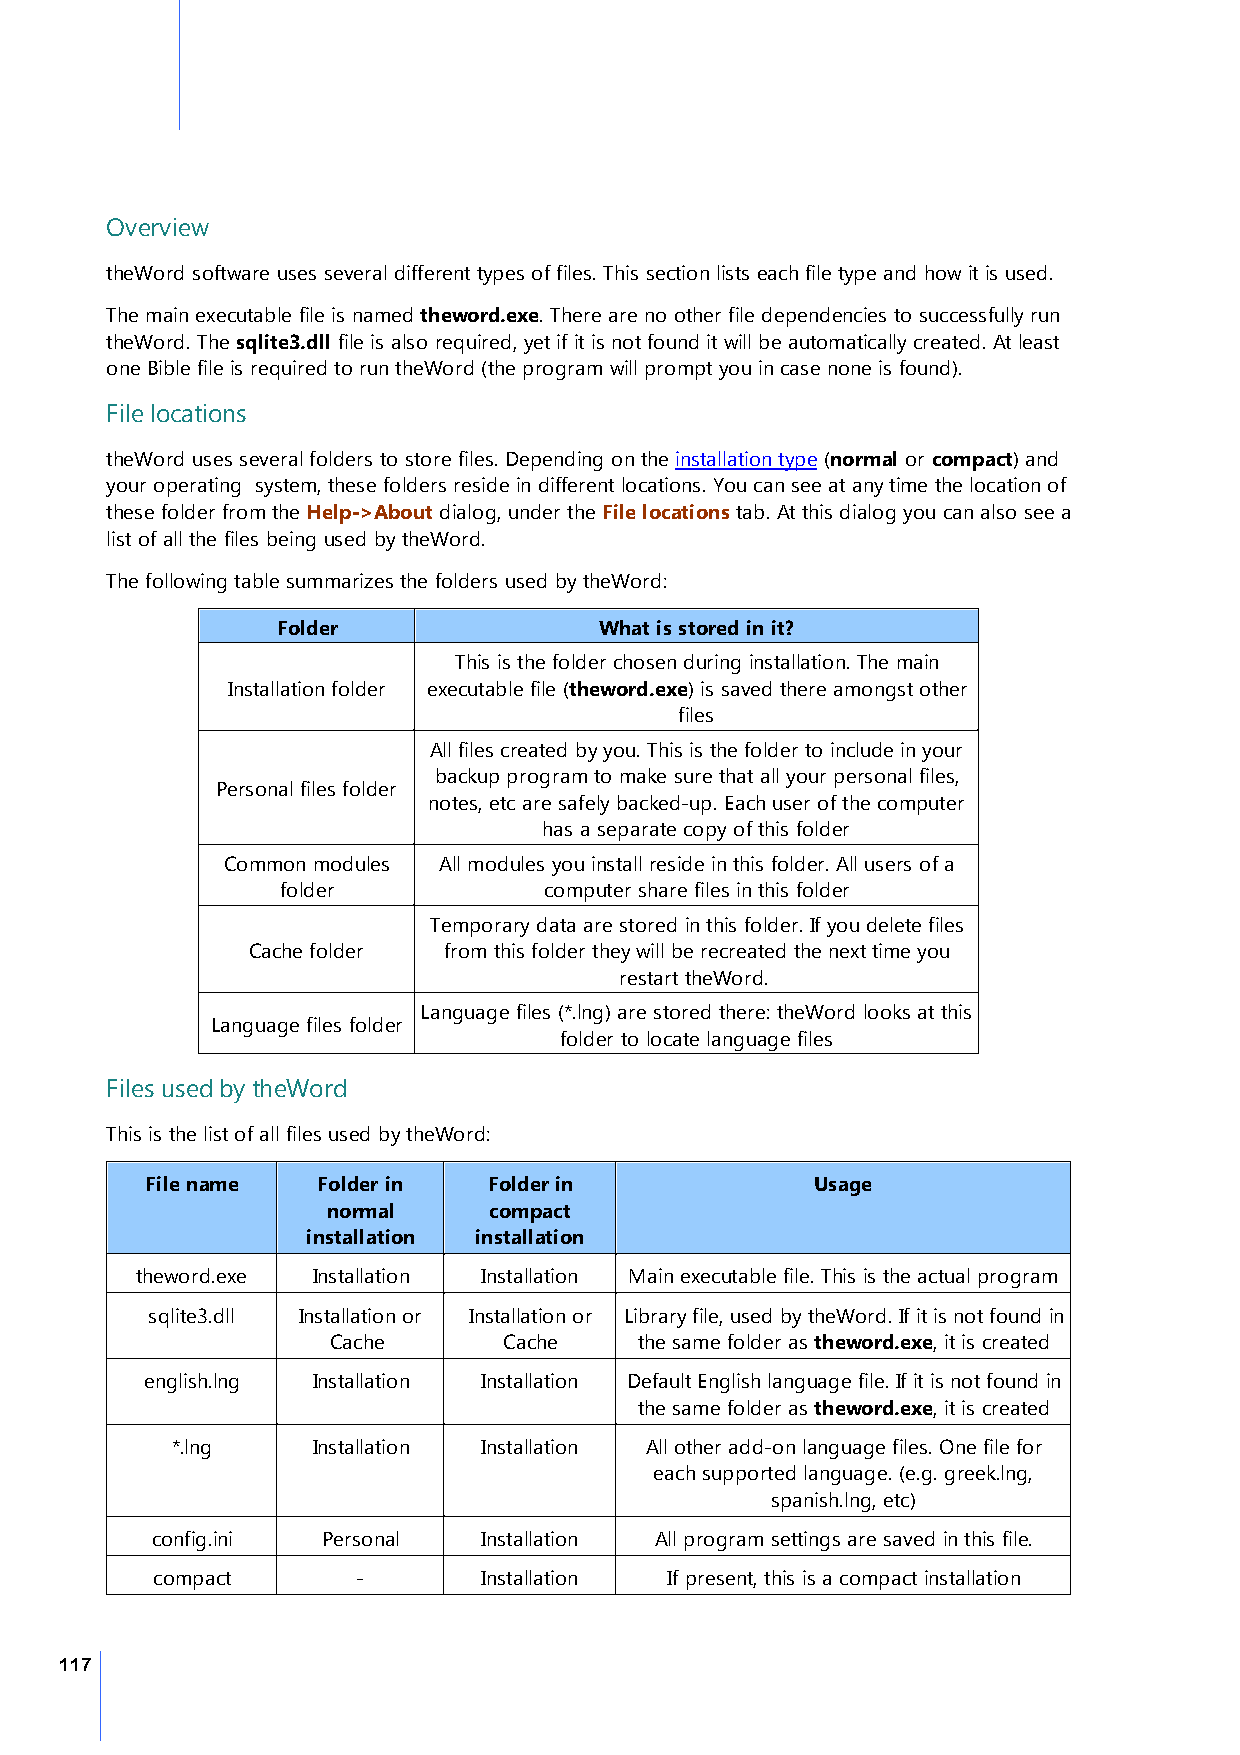
Overview
 theWord software uses several different types of files. This section lists each file type and how it is used.
 The main executable file is named theword.exe. There are no other file dependencies to successfully run
 theWord. The sqlite3.dll file is also required, yet if it is not found it will be automatically created. At least
 one Bible file is required to run theWord (the program will prompt you in case none is found).
 File locations
 theWord uses several folders to store files. Depending on the installation type (normal or compact) and
 your operating system, these folders reside in different locations. You can see at any time the location of
 these folder from the Help->About dialog, under the File locations tab. At this dialog you can also see a
 list of all the files being used by theWord.
 The following table summarizes the folders used by theWord:
 Folder                What is stored in it?
 This is the folder chosen during installation. The main
 Installation folder executable file (theword.exe) is saved there amongst other
 files
 All files created by you. This is the folder to include in your
 backup program to make sure that all your personal files,
 Personal files folder
 notes, etc are safely backed-up. Each user of the computer
 has a separate copy of this folder
 Common modules All modules you install reside in this folder. All users of a
 folder           computer share files in this folder
 Temporary data are stored in this folder. If you delete files
 Cache folder from this folder they will be recreated the next time you
 restart theWord.
 Language files (*.lng) are stored there: theWord looks at this
 Language files folder
 folder to locate language files
 Files used by theWord
 This is the list of all files used by theWord:
 File name  Folder in  Folder in             Usage
 normal    compact
 installation installation
 theword.exe Installation Installation Main executable file. This is the actual program
 sqlite3.dll Installation or Installation or Library file, used by theWord. If it is not found in
 Cache      Cache    the same folder as theword.exe, it is created
 english.lng Installation Installation Default English language file. If it is not found in
 the same folder as theword.exe, it is created
 *.lng     Installation Installation All other add-on language files. One file for
 each supported language. (e.g. greek.lng,
 spanish.lng, etc)
 config.ini Personal   Installation All program settings are saved in this file.
 compact       -       Installation If present, this is a compact installation
 117